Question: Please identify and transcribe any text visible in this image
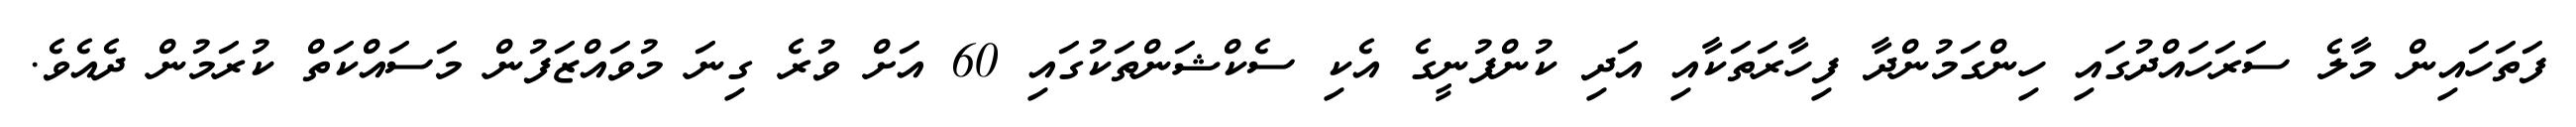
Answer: ފަތަހައިން މާލެ ސަރަހައްދުގައި ހިންގަމުންދާ ފިހާރަތަކާއި އަދި ކުންފުނީގެ އެކި ސެކްޝަންތަކުގައި 60 އަށް ވުރެ ގިނަ މުވައްޒަފުން މަސައްކަތް ކުރަމުން ދެއެވެ.